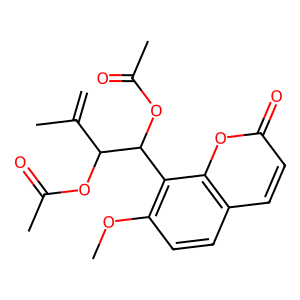
SMILES: C=C(C)C(OC(C)=O)C(OC(C)=O)c1c(OC)ccc2ccc(=O)oc12
Inhibits HIV replication: No